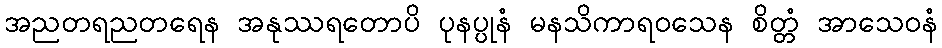
အညတရညတရေန အနုဿရတောပိ ပုနပ္ပုနံ မနသိကာရဝသေန စိတ္တံ အာသေဝနံ